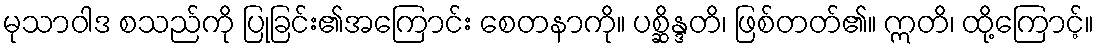
မုသာဝါဒ စသည်ကို ပြုခြင်း၏အကြောင်း စေတနာကို။ ပစ္ဆိန္ဒတိ၊ ဖြစ်တတ်၏။ ဣတိ၊ ထို့ကြောင့်။